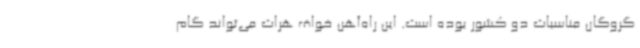
گروگان مناسبات دو کشور بوده است. این راه‌آهن خواف هرات می‌تواند گام